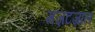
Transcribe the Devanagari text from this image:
मज़टज़ाल